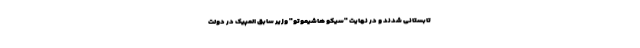
تابستانی شدند و در نهایت "سیکو هاشیموتو" وزیر سابق المپیک در دولت